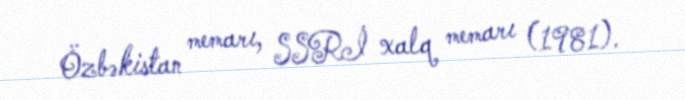
Özbəkistan memarı, SSRİ xalq memarı (1981).